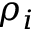
\rho _ { i }